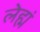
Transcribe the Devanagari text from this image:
लेह्मं